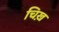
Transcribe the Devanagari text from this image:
चिख़